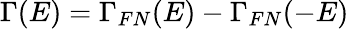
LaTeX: \Gamma(E)=\Gamma_{FN}(E)-\Gamma_{FN}(-E)